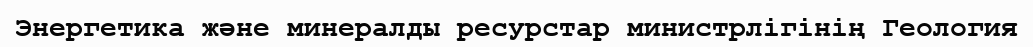
Энергетика және минералды ресурстар министрлігінің Геология